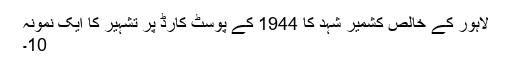
لاہور کے خالص کشمیر شہد کا 1944 کے پوسٹ کارڈ پر تشہیر کا ایک نمونہ
10۔